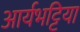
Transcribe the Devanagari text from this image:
आर्यभट्टिया